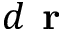
d \textbf { r }